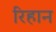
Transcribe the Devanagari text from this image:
रिहान